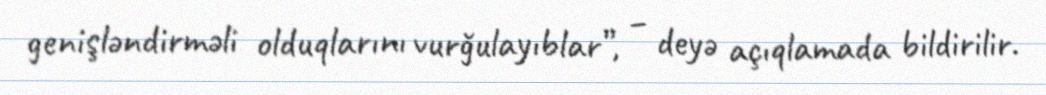
genişləndirməli olduqlarını vurğulayıblar”, – deyə açıqlamada bildirilir.